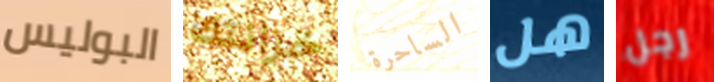
البوليس خزانتك الساحرة هل رجل